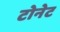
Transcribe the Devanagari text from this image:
टोनेट